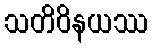
သတိဝိနယဿ